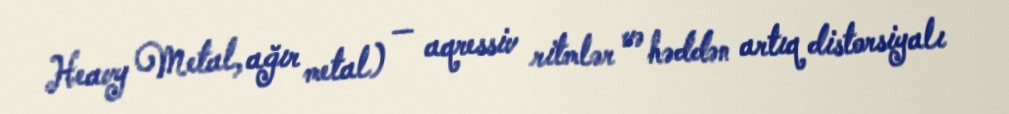
Heavy Metal, ağır metal) — aqressiv ritmlər və həddən artıq distorsiyalı